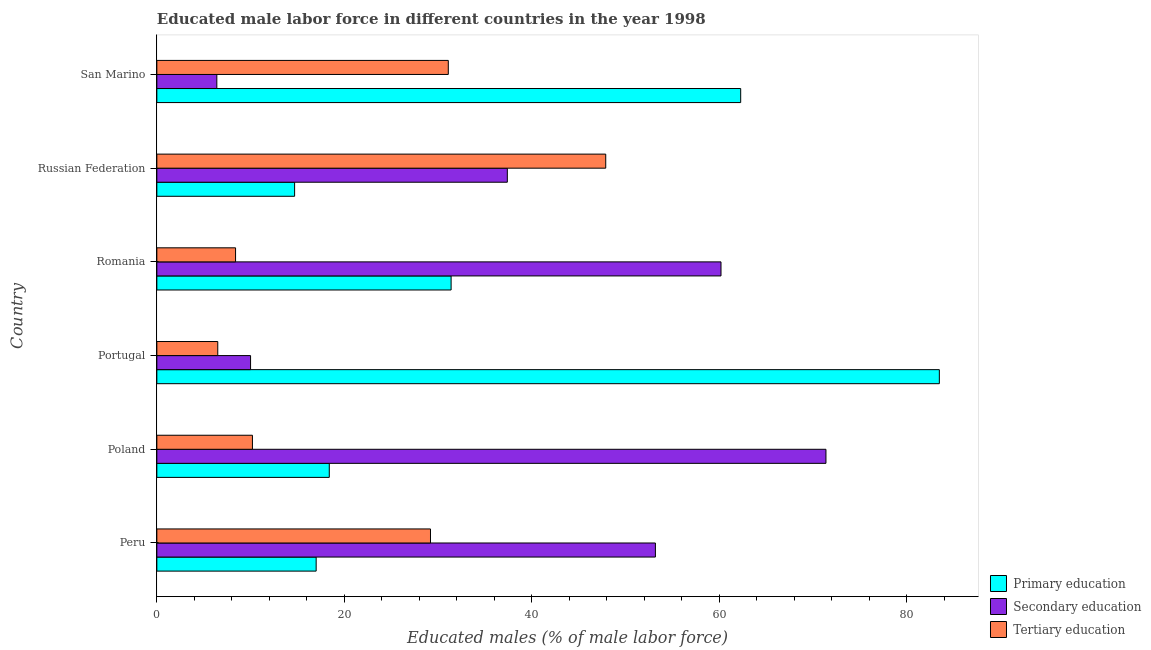
| Country | Primary education | Secondary education | Tertiary education |
 | --- | --- | --- | --- |
 | Peru | 17 | 53.2 | 29.2 |
 | Poland | 18.4 | 71.4 | 10.2 |
 | Portugal | 83.5 | 10 | 6.5 |
 | Romania | 31.4 | 60.2 | 8.4 |
 | Russian Federation | 14.7 | 37.4 | 47.9 |
 | San Marino | 62.3 | 6.4 | 31.1 |